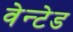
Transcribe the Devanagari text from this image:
वेन्टेड